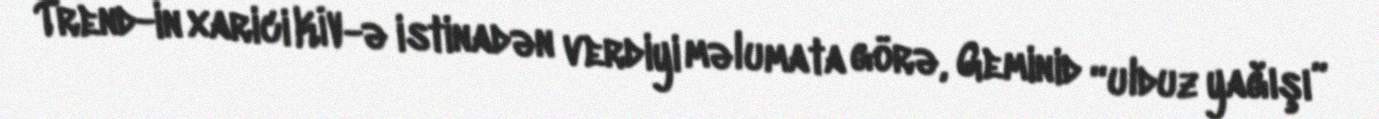
Trend-in xarici KİV-ə istinadən verdiyi məlumata görə, Geminid “ulduz yağışı”